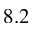
8 . 2